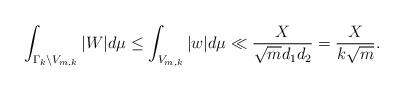
LaTeX: \begin{align*} \int_{\Gamma_k \backslash V_{m,k}} |W| d\mu \leq \int_{ V_{m,k}} | w| d\mu \ll \frac{X}{\sqrt{m}d_1d_2}=\frac{X}{k\sqrt{m}}.\end{align*}